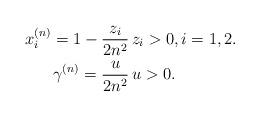
LaTeX: \begin{align*} x_i^{(n)} = 1 - \frac{z_i}{2n^2} \, & z_i > 0 , i = 1, 2. \\ \gamma^{(n)} = \frac{u}{2n^2} \, & u > 0. \end{align*}